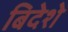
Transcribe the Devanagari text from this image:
बिदेशे